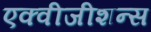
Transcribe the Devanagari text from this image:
एक्वीजीशन्स